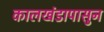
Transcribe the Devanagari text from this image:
कालखंडापासुन